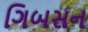
ગિબસન